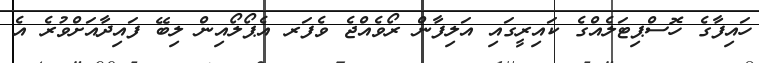
ހައިފާގެ ހޮސްޕިޓަލެއްގެ ކައިރީގައި އަލިފާން ރޯވެއްޖެ ވެފަރ އެޕޯލޯއިން ލިބޭ ފައިދާއަށްވުރެ އެ